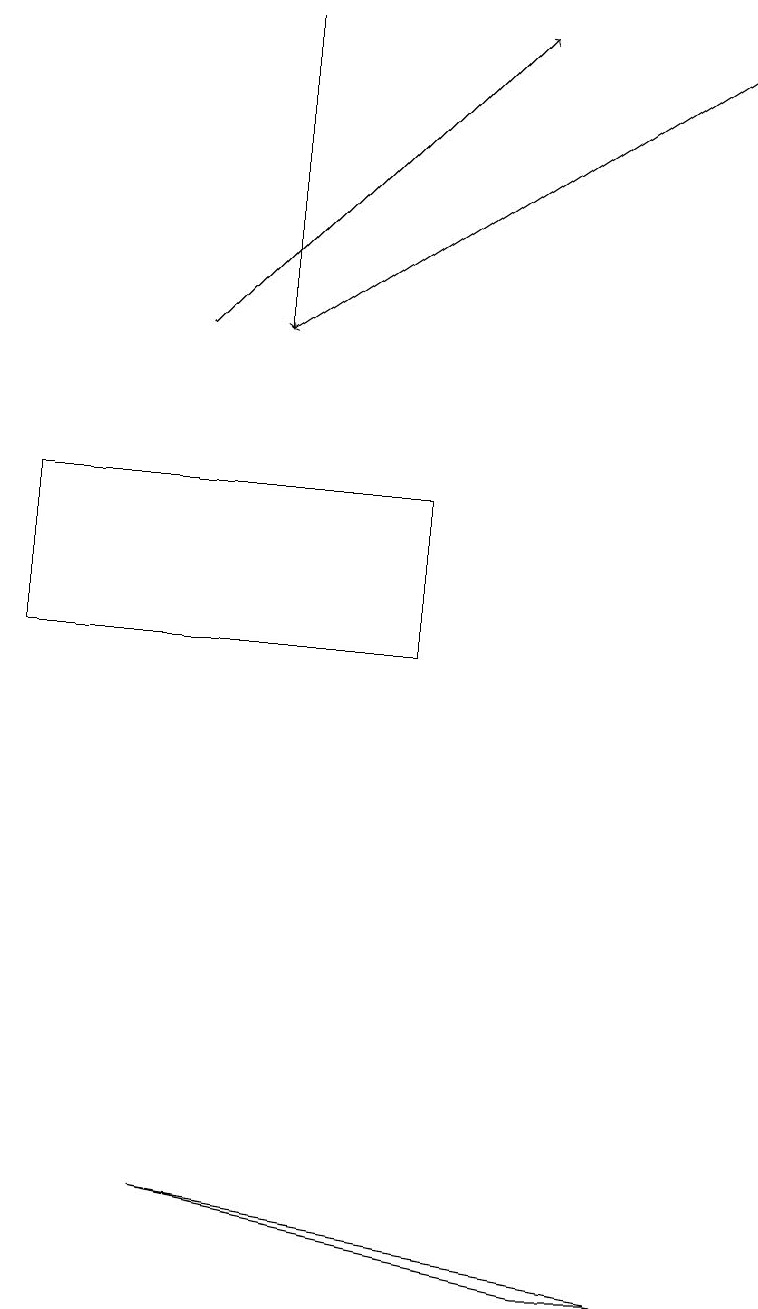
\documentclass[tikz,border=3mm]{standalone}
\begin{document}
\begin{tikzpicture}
\draw (7,2) -- (2,3) -- (8,2) -- cycle;
\draw (5,12) rectangle (0,10);
\draw[->] (3,18) -- (3,14);
\draw[->] (9,18) -- (3,14);
\draw[->] (2,14) -- (6,18);
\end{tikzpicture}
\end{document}